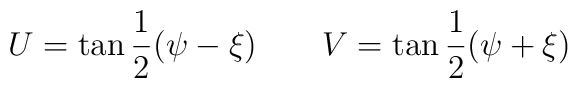
U=\tan\frac12(\psi-\xi)\quad \quad V=\tan\frac12(\psi+\xi)